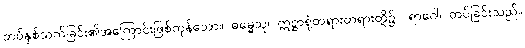
တပ်နှစ်သက်ခြင်း၏အကြောင်းဖြစ်ကုန်သော။ ဓမ္မေသု၊ ဣဋ္ဌာရုံတရားတရားတို့၌။ ရာဂေါ၊ တပ်ခြင်းသည်။